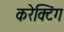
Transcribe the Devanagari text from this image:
करेक्टिंग